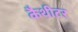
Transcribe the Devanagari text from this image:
कैथीटर